Indian journal of veterinary science and animal husbandry - Volumes 26-27, 1956-1957
Year: 1956
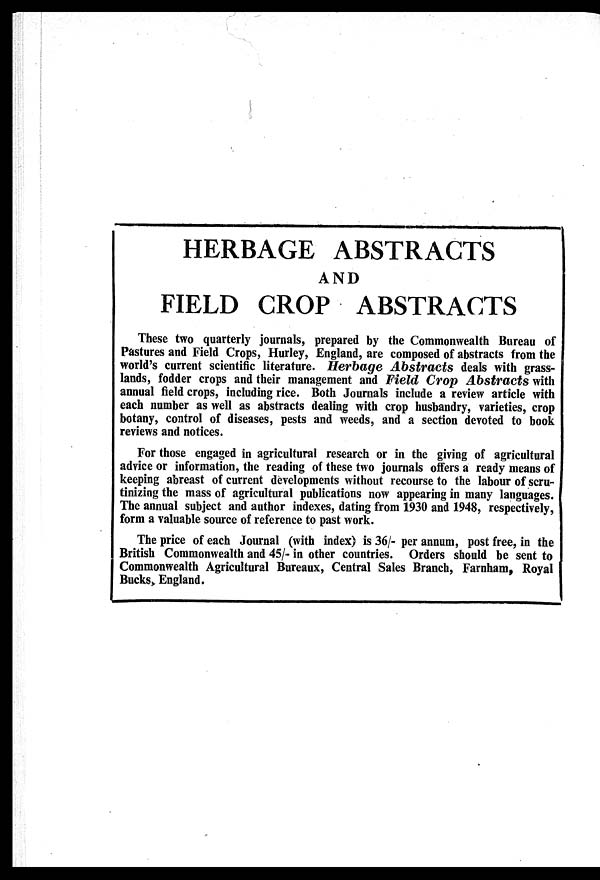
HERBAGE ABSTRACTS
AND
FIELD CROP ABSTRACTS
These two quarterly journals, prepared by the Commonwealth Bureau of
Pastures and Field Crops, Hurley, England, are composed of abstracts from the
world's current scientific literature. Herbage Abstracts deals with grass-
lands, fodder crops and their management and Field Crop Abstracts with
annual field crops, including rice. Both Journals include a review article with
each number as well as abstracts dealing with crop husbandry, varieties, crop
botany, control of diseases, pests and weeds, and a section devoted to book
reviews and notices.
For those engaged in agricultural research or in the giving of agricultural
advice or information, the reading of these two journals offers a ready means of
keeping abreast of current developments without recourse to the labour of scru-
tinizing the mass of agricultural publications now appearing in many languages.
The annual subject and author indexes, dating from 1930 and 1948, respectively,
form a valuable source of reference to past work.
The price of each Journal (with index) is 36/- per annum, post free, in the
British Commonwealth and 45/- in other countries. Orders should be sent to
Commonwealth Agricultural Bureaux, Central Sales Branch, Farnham, Royal
Bucks, England.